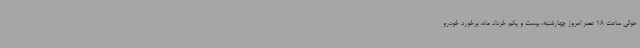
حوالی ساعت 18 عصر امروز چهارشنبه، بیست و یکم خرداد ماه، برخورد خودرو